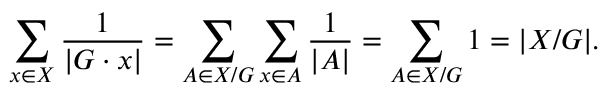
\sum _ { x \in X } { \frac { 1 } { | G \cdot x | } } = \sum _ { A \in X / G } \sum _ { x \in A } { \frac { 1 } { | A | } } = \sum _ { A \in X / G } 1 = | X / G | .